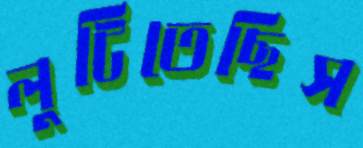
লুটিতেছিস